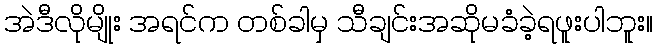
အဲဒီလိုမျိုး အရင်က တစ်ခါမှ သီချင်းအဆိုမခံခဲ့ရဖူးပါဘူး။